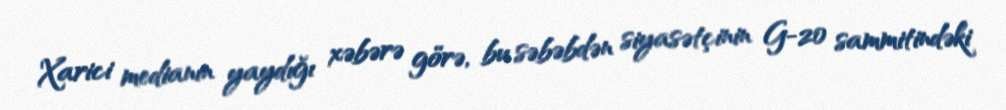
Xarici medianın yaydığı xəbərə görə, bu səbəbdən siyasətçinin G-20 sammitindəki